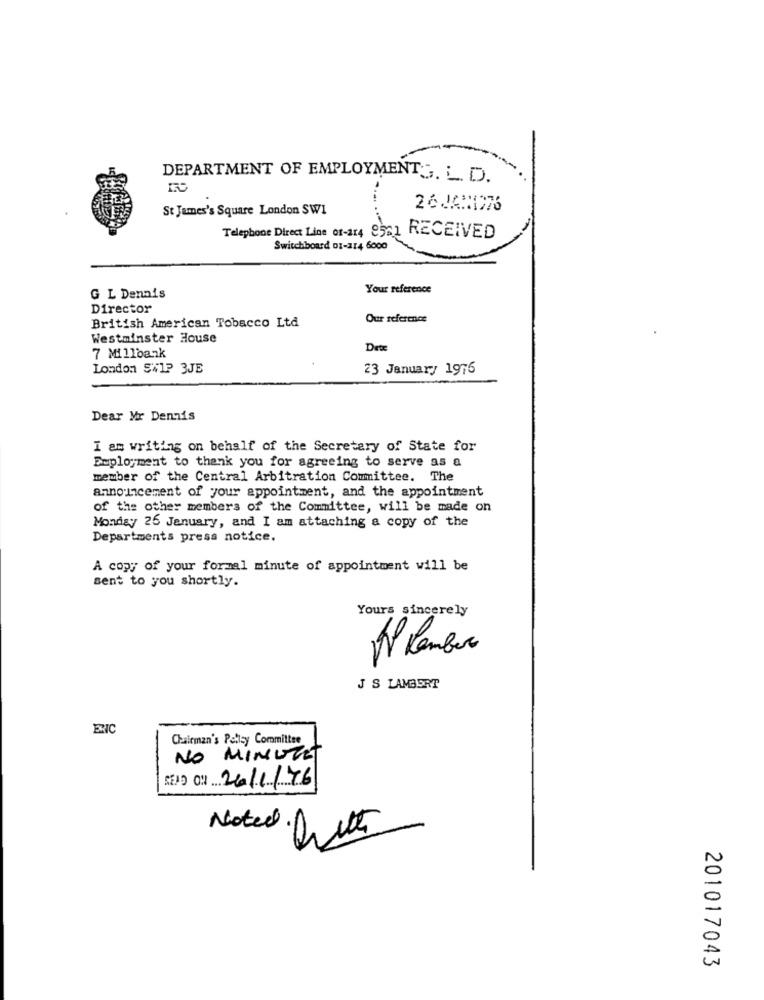
DEPARTMENT OF EMPLOYMENTS. L. D.
St James's Square London SW1
26JAN1976
Telephone Direct Line or-114 9561 RECEIVED
Switchboard DI-114 6000
Your reference
G L Dennis
Director
Our reference
British American Tobacco Ltd
Westminster House
Date
7 Millbank
London SWlP 3JE
23 January 1976
Dear Mr Dennis
I am writing on behalf of the Secretary of State for
Employment to thank you for agreeing to serve as a
member of the Central Arbitration Committee. The
announcement of your appointment, and the appointment
of the other members of the Committee, will be made on
Monday 26 January, and I am attaching a copy of the
Departments press notice.
A copy of your formal minute of appointment will be
sent to you shortly.
Yours sincerely
0
J S LAMBERT
ERIC
Chairman's Pallsy Committee
NO MINUTE
CEPO : 26/1/76
Noted
201017043